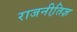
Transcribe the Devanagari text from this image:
राजनीति़ज्ञ